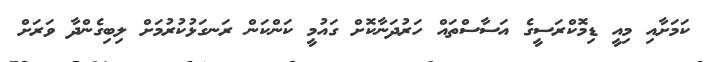
ކަމަށާއި މިއީ ޑިމޮކްރަސީގެ އަސާސްތައް ހަރުދަނާކޮށް ގައުމީ ކަންކަން ރަނގަޅުކުރުމަށް ލިބިގެންދާ ވަރަށް